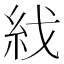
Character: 𥾮